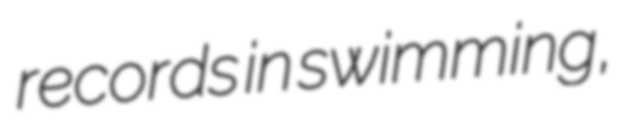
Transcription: records in swimming,